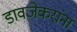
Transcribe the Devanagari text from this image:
डावजेकरांना